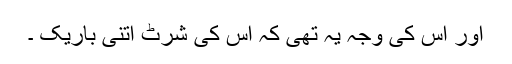
اور اس کی وجہ یہ تھی کہ اس کی شرٹ اتنی باریک ۔